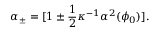
\alpha _ { \pm } = [ 1 \pm \frac { 1 } { 2 } \kappa ^ { - 1 } \alpha ^ { 2 } ( \phi _ { 0 } ) ] .